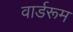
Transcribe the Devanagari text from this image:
वार्डरूम